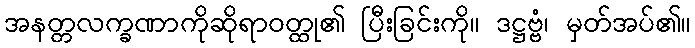
အနတ္တလက္ခဏာကိုဆိုရာဝတ္ထု၏ ပြီးခြင်းကို။ ဒဋ္ဌဗ္ဗံ၊ မှတ်အပ်၏။